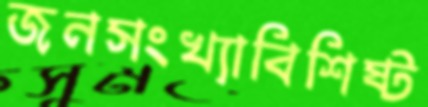
জনসংখ্যাবিশিষ্ট